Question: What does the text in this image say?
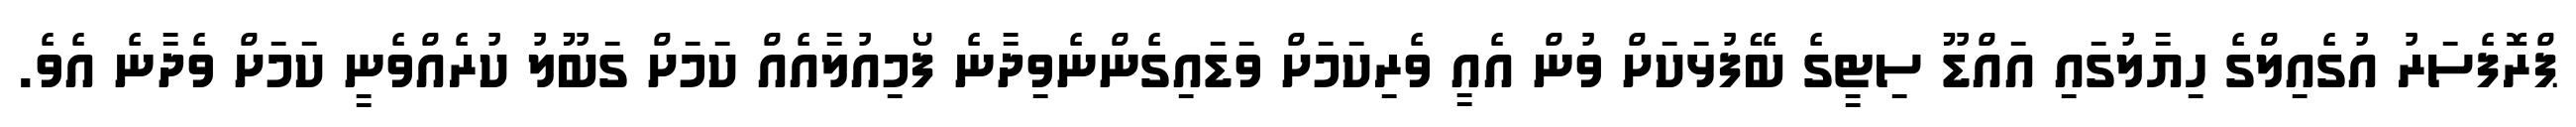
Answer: ޕްރޮފެސަރު އުގެއިލްގެ ހިޔާލުގައި އައްޑޫ ސިޓީގެ ބޭފުޅަކަށް ވުން އެއީ ވެރިކަމަށް ވަޑައިގެންނެވިދާނެ ފޯމިއުލާއެއް ކަމަށް ގަބޫލު ކުރެއްވެނީ ކަމަށް ވެދާނެ އެވެ.